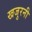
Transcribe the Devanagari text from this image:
खजुरनी